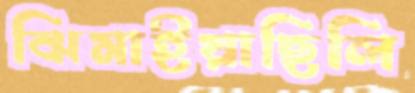
ঝিমাইয়াছিলি